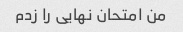
من امتحان نهایی را زدم